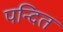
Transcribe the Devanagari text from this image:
पन्दित